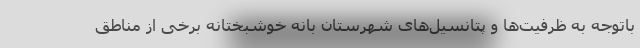
باتوجه به ظرفیت‌ها و پتانسیل‌های شهرستان بانه خوشبختانه برخی از مناطق